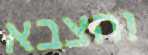
והצבא